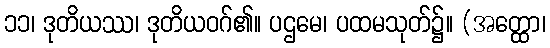
၁၁၊ ဒုတိယဿ၊ ဒုတိယဝဂ်၏။ ပဌမေ၊ ပထမသုတ်၌။ (အတ္ထော၊